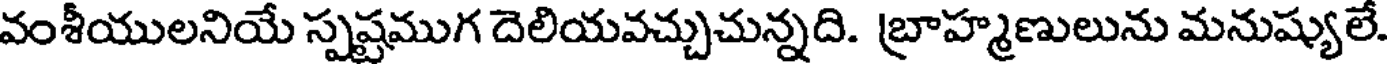
వంశీయులనియే స్పష్టముగ దెలియవచ్చుచున్నది. బ్రాహ్మణులును మనుష్యులే.